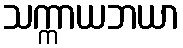
သက္ကာယဘယာ